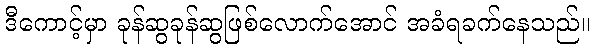
ဒီကောင့်မှာ ခုန်ဆွခုန်ဆွဖြစ်လောက်အောင် အခံရခက်နေသည်။